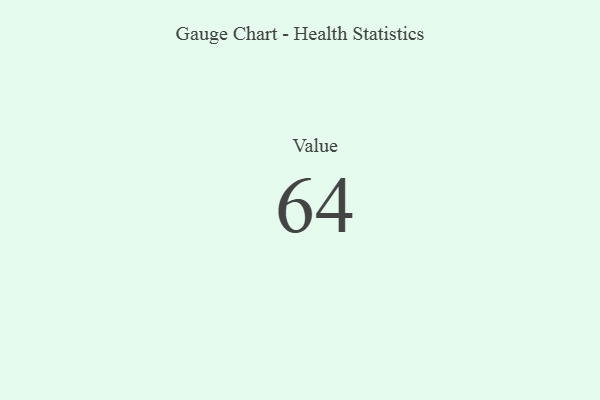
{"axis": {"x": "Metric", "y": "Value"}, "legend": [""], "data": [{"x": "Value", "y": 64, "type": ""}]}